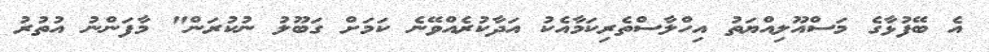
އެ ބޭފުޅާގެ މަސްއޫލިއްޔަތު އިހްލާސްތެރިކަމާއެކު އަދާކުރެއްވޭނެ ކަމަށް ގަބޫލު ނުކުރަން" މާފަންނު އުތުރު